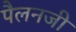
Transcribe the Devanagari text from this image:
पैलनजी